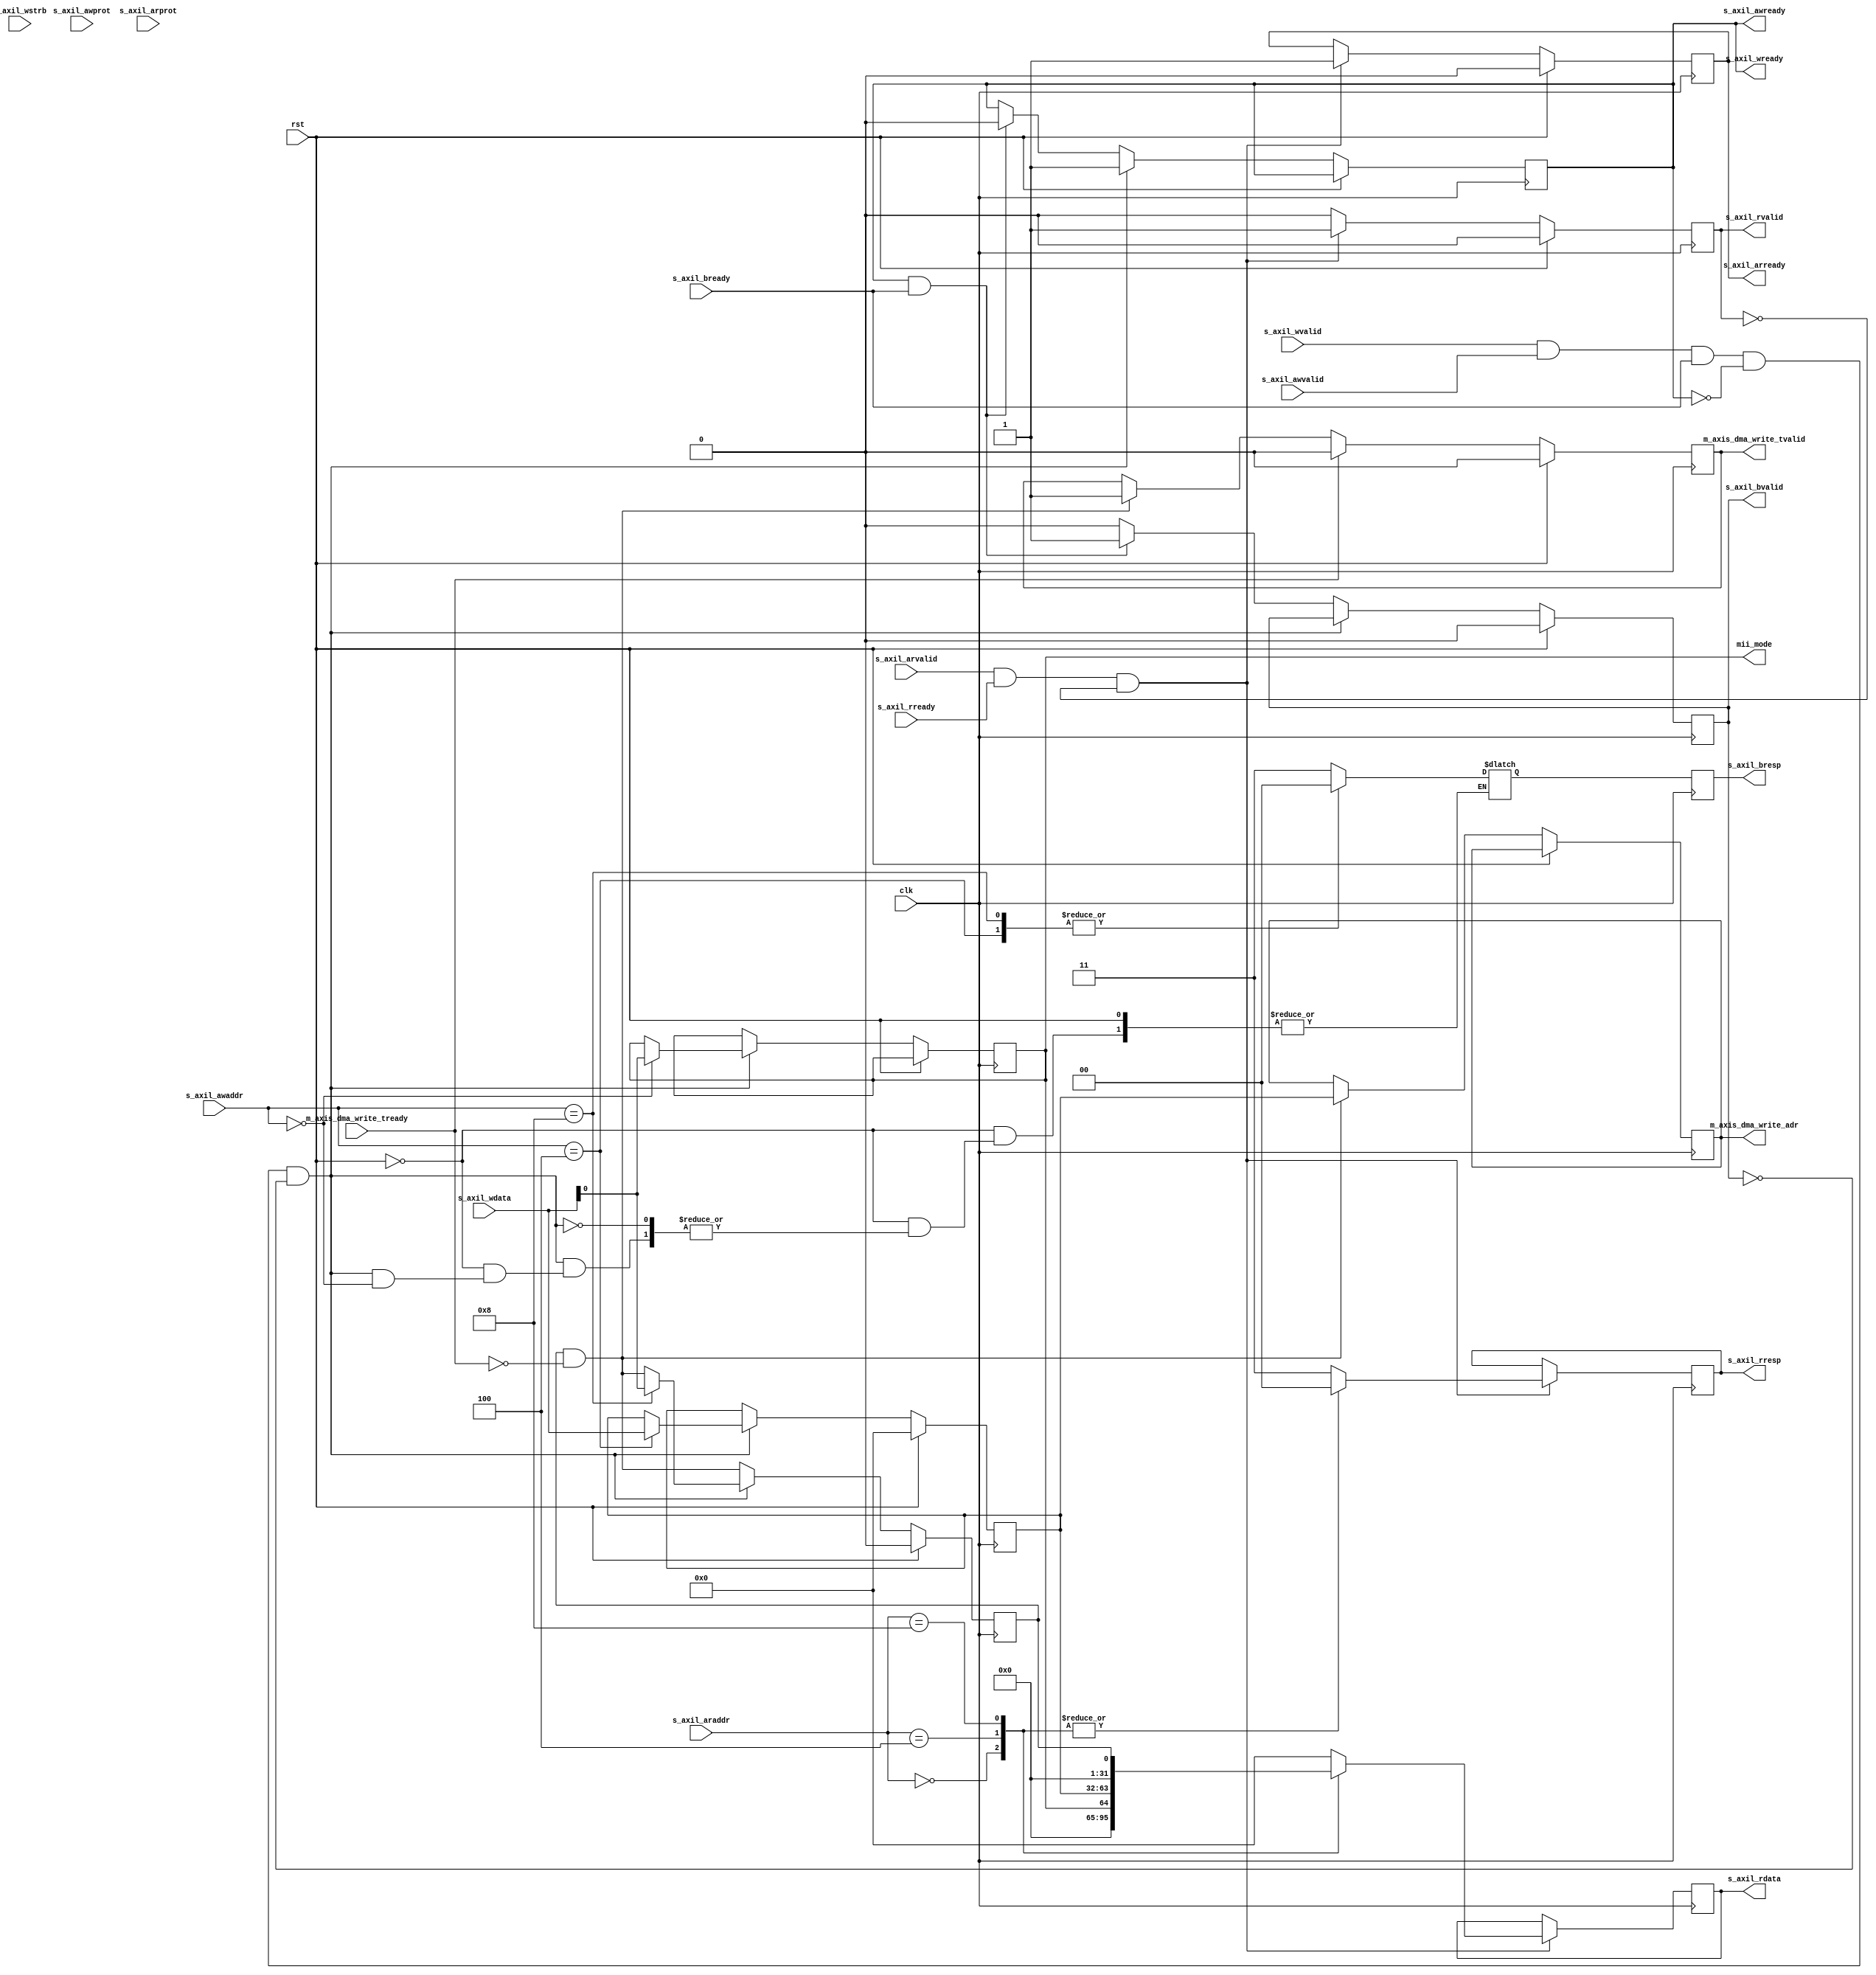
module axil_ctrl_regs #
(
    parameter AXIL_DATA_WIDTH = 32,
    parameter AXIL_ADDR_WIDTH = 12,
    parameter AXIL_STRB_WIDTH = (AXIL_DATA_WIDTH/8),
    // Width of AXI address bus in bits
    parameter AXI_ADDR_WIDTH = 32
)
(
    input  wire                       clk,
    input  wire                       rst,

    /*
     * AXI lite slave interface
     */
    input  wire [AXIL_DATA_WIDTH-1:0] s_axil_awaddr,
    input  wire [2:0]                 s_axil_awprot,
    input  wire                       s_axil_awvalid,
    output wire                       s_axil_awready,
    input  wire [AXIL_DATA_WIDTH-1:0] s_axil_wdata,
    input  wire [AXIL_STRB_WIDTH-1:0] s_axil_wstrb,
    input  wire                       s_axil_wvalid,
    output wire                       s_axil_wready,
    output wire [1:0]                 s_axil_bresp,
    output wire                       s_axil_bvalid,
    input  wire                       s_axil_bready,

    input  wire [AXIL_ADDR_WIDTH-1:0] s_axil_araddr,
    input  wire [2:0]                 s_axil_arprot,
    input  wire                       s_axil_arvalid,
    output wire                       s_axil_arready,
    output wire [AXIL_DATA_WIDTH-1:0] s_axil_rdata,
    output wire [1:0]                 s_axil_rresp,
    output wire                       s_axil_rvalid,
    input  wire                       s_axil_rready,

    output wire                       mii_mode,

    output wire [AXI_ADDR_WIDTH-1:0]  m_axis_dma_write_adr,
    output wire                       m_axis_dma_write_tvalid,
    input  wire                       m_axis_dma_write_tready
);


reg bvalid_reg = 1'b0, bvalid_next;
reg [1:0] bresp_reg = 2'b0, bresp_next;
reg wready_reg = 1'b0, wready_next;

assign s_axil_bvalid = bvalid_reg;
assign s_axil_bresp = bresp_reg;
assign s_axil_awready = wready_reg;
assign s_axil_wready = wready_reg;

assign s_axil_rresp = rresp_reg;
assign s_axil_rvalid = rvalid_reg;
assign s_axil_arready = arready_reg;
assign s_axil_rdata = rdata_reg;

localparam [AXIL_ADDR_WIDTH-1:0]
    MAC_CONFIG_ID = 4'd0,
    DMA_WRITE_ADR_ID = 4'd4, // RW, address where data is written to
    DMA_WRITE_ENABLE_ID = 4'd8; // RW, set first bit to enable DMA

reg mii_mode_reg = 1'b0, mii_mode_next;

reg [AXI_ADDR_WIDTH-1:0] dma_write_adr_reg = {AXI_ADDR_WIDTH{1'b0}}, dma_write_adr_next;
reg dma_write_enable_reg = 1'b0, dma_write_enable_next;

// TODO: explain simultanious RW behavior


// WRITE
always @(*)begin
    wready_next = wready_reg;
    bvalid_next = bvalid_reg;

    mii_mode_next = mii_mode_reg;
    dma_write_adr_next = dma_write_adr_reg;
    dma_write_enable_next = dma_write_enable_reg && !m_axis_dma_write_tready;
    // disable DMA after each successful DMA memory access

    if (rst) begin
        dma_write_adr_next = {AXIL_DATA_WIDTH{1'b0}};
        dma_write_enable_next = {AXIL_DATA_WIDTH{1'b0}};
        bvalid_next = 1'b0;
    end else begin
        if (s_axil_wvalid && s_axil_awvalid && s_axil_bready && !wready_next && !bvalid_next) begin
            wready_next = 1'b1;

            case (s_axil_awaddr)
                MAC_CONFIG_ID: begin
                    mii_mode_next = s_axil_wdata[0];
                end
                DMA_WRITE_ADR_ID: begin
                    dma_write_adr_next = s_axil_wdata;
                    bresp_next = 2'b00;
                end
                DMA_WRITE_ENABLE_ID: begin
                    dma_write_enable_next = s_axil_wdata[0];
                    bresp_next = 2'b00;
                end
                default: begin
                    bresp_next = 2'b11;
                end
            endcase
        end else if (wready_reg && s_axil_bready) begin
            wready_next = 1'b0;
            bvalid_next = 1'b1;
        end else if (bvalid_reg) begin
            bvalid_next = 1'b0;
        end
    end
end

// WRITE
always @(posedge clk) begin
    mii_mode_reg <= mii_mode_next;
    dma_write_adr_reg <= dma_write_adr_next;
    dma_write_enable_reg <= dma_write_enable_next;
    bvalid_reg <= bvalid_next;
    bresp_reg <= bresp_next;
    wready_reg <= wready_next;
end


reg [1:0] rresp_reg = 2'b0, rresp_next;
reg rvalid_reg = 1'b0, rvalid_next;
reg arready_reg = 1'b0, arready_next;
reg [AXIL_DATA_WIDTH-1:0] rdata_reg = {AXIL_DATA_WIDTH{1'b0}}, rdata_next;

// READ
always @* begin
    rvalid_next = 1'b0;
    rdata_next = rdata_reg;
    rresp_next = rresp_reg;
    arready_next = arready_reg;

    if (s_axil_arvalid && s_axil_rready && !rvalid_reg) begin
        rvalid_next = 1'b1;
        arready_next = 1'b1;

        case (s_axil_araddr)
            MAC_CONFIG_ID: begin
                rdata_next = {31'b0, mii_mode_reg};
                rresp_next = 2'b00;
            end
            DMA_WRITE_ADR_ID: begin
                rdata_next = dma_write_adr_reg;
                rresp_next = 2'b00;
            end
            DMA_WRITE_ENABLE_ID: begin
                rdata_next = {{(AXIL_DATA_WIDTH-1){1'b0}}, dma_write_enable_reg};
                rresp_next = 2'b00;
            end
            default: begin
                rdata_next = {AXIL_DATA_WIDTH{1'b0}};
                rresp_next = 2'b11;
            end
        endcase
    end

    if (rst) begin
        rvalid_next = 1'b0;
        arready_next = 1'b0;
    end
end

// READ
always @(posedge clk) begin
    arready_reg <= arready_next;
    rdata_reg <= rdata_next;
    rvalid_reg <= rvalid_next;
    rresp_reg <= rresp_next;
end

assign mii_mode = mii_mode_reg;

reg m_axis_dma_write_tvalid_reg = 1'b0;
reg [AXI_ADDR_WIDTH-1:0] m_axis_dma_write_adr_reg;

assign m_axis_dma_write_adr = m_axis_dma_write_adr_reg;
assign m_axis_dma_write_tvalid = m_axis_dma_write_tvalid_reg;

// DMA descriptor
always @(posedge clk) begin
    if (rst) begin
        m_axis_dma_write_tvalid_reg <= 1'b0;
    end else begin
        m_axis_dma_write_adr_reg <= m_axis_dma_write_adr_reg;
        m_axis_dma_write_tvalid_reg <= m_axis_dma_write_tvalid_reg;

        if (dma_write_enable_reg && !m_axis_dma_write_tready) begin
            m_axis_dma_write_adr_reg <= dma_write_adr_reg;
            m_axis_dma_write_tvalid_reg <= 1'b1;
        end

        if (m_axis_dma_write_tready) begin
            m_axis_dma_write_tvalid_reg <= 1'b0;
        end
    end
end

endmodule